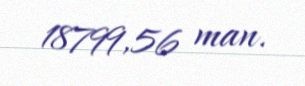
18799,56 man.